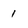
Character: 1